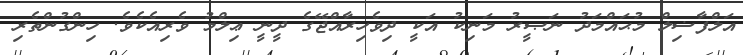
އަލްފާޟިލް މުޙައްމަދު ނަޞީރު މަނިކު އަކީ ދިވެހިރާއްޖޭގެ ދީނީ ޢިލްމު ވެރިއެކެވެ. ހިންގުންތެރި